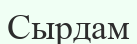
Сырдам